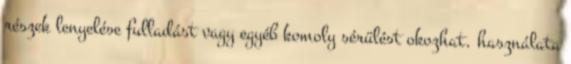
részek lenyelése fulladást vagy egyéb komoly sérülést okozhat. használata